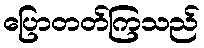
ပြောတတ်ကြသည်